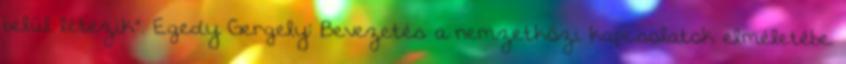
belül létezik”. Egedy Gergely: Bevezetés a nemzetközi kapcsolatok elméletébe.